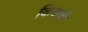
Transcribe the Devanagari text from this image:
किकचे